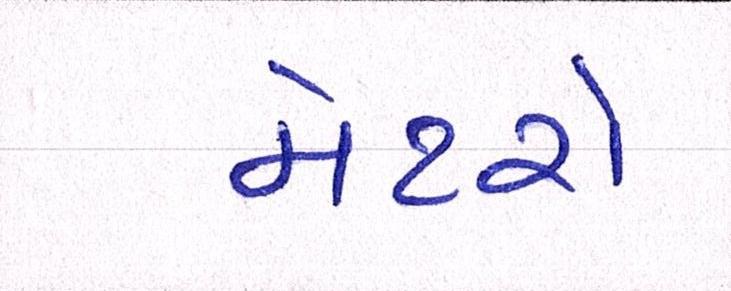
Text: મેટરો